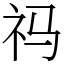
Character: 祃